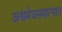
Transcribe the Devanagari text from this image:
अश्वमेधसमारंभात